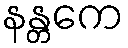
နန္တကေ